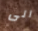
الى